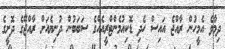
ދިމާވެ އެމީހުން ރާއްޖެ އައިސް ހެދި ޑޮކިއުމެންޓްރީއެއްގެ ސަބަބުން ދުނިޔެއަށް ރާއްޖޭގެ ދޮށީގެ